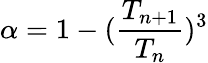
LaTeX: \alpha=1-(\frac{T_{n+1}}{T_{n}})^{3}